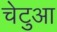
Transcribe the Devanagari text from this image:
चेटुआ